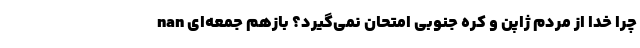
nan چرا خدا از مردم ژاپن و کره جنوبی امتحان نمی‌گیرد؟ بازهم جمعه‌ای